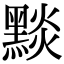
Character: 𪑓